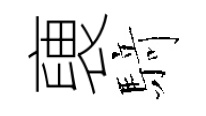
褏𮪍